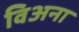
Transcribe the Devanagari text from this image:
विअना